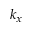
k _ { x }